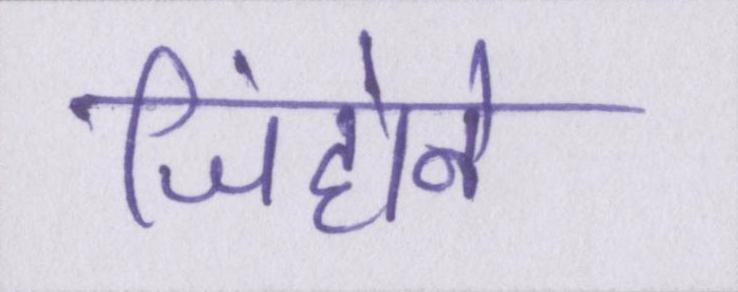
जिंहोने